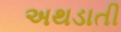
અથડાતી